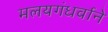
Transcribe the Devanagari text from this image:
मलयगंधर्वाने